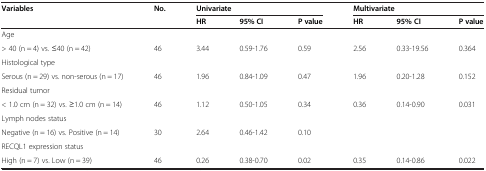
<table><thead><tr><td rowspan="2"><b>Variables</b></td><td rowspan="2"><b>No.</b></td><td colspan="3"><b>Univariate</b></td><td colspan="3"><b>Multivariate</b></td></tr><tr><td><b>HR</b></td><td><b>95% CI</b></td><td><b>P value</b></td><td><b>HR</b></td><td><b>95% CI</b></td><td><b>P value</b></td></tr></thead><tbody><tr><td>Age</td><td></td><td></td><td></td><td></td><td></td><td></td><td></td></tr><tr><td>&gt; 40 (n = 4) vs. ≤40 (n = 42)</td><td>46</td><td>3.44</td><td>0.59-1.76</td><td>0.59</td><td>2.56</td><td>0.33-19.56</td><td>0.364</td></tr><tr><td>Histological type</td><td></td><td></td><td></td><td></td><td></td><td></td><td></td></tr><tr><td>Serous (n = 29) vs. non-serous (n = 17)</td><td>46</td><td>1.96</td><td>0.84-1.09</td><td>0.47</td><td>1.96</td><td>0.20-1.28</td><td>0.152</td></tr><tr><td>Residual tumor</td><td></td><td></td><td></td><td></td><td></td><td></td><td></td></tr><tr><td>&lt; 1.0 cm (n = 32) vs. ≥1.0 cm (n = 14)</td><td>46</td><td>1.12</td><td>0.50-1.05</td><td>0.34</td><td>0.36</td><td>0.14-0.90</td><td>0.031</td></tr><tr><td>Lymph nodes status</td><td></td><td></td><td></td><td></td><td></td><td></td><td></td></tr><tr><td>Negative (n = 16) vs. Positive (n = 14)</td><td>30</td><td>2.64</td><td>0.46-1.42</td><td>0.10</td><td></td><td></td><td></td></tr><tr><td>RECQL1 expression status</td><td></td><td></td><td></td><td></td><td></td><td></td><td></td></tr><tr><td>High (n = 7) vs. Low (n = 39)</td><td>46</td><td>0.26</td><td>0.38-0.70</td><td>0.02</td><td>0.35</td><td>0.14-0.86</td><td>0.022</td></tr></tbody></table>